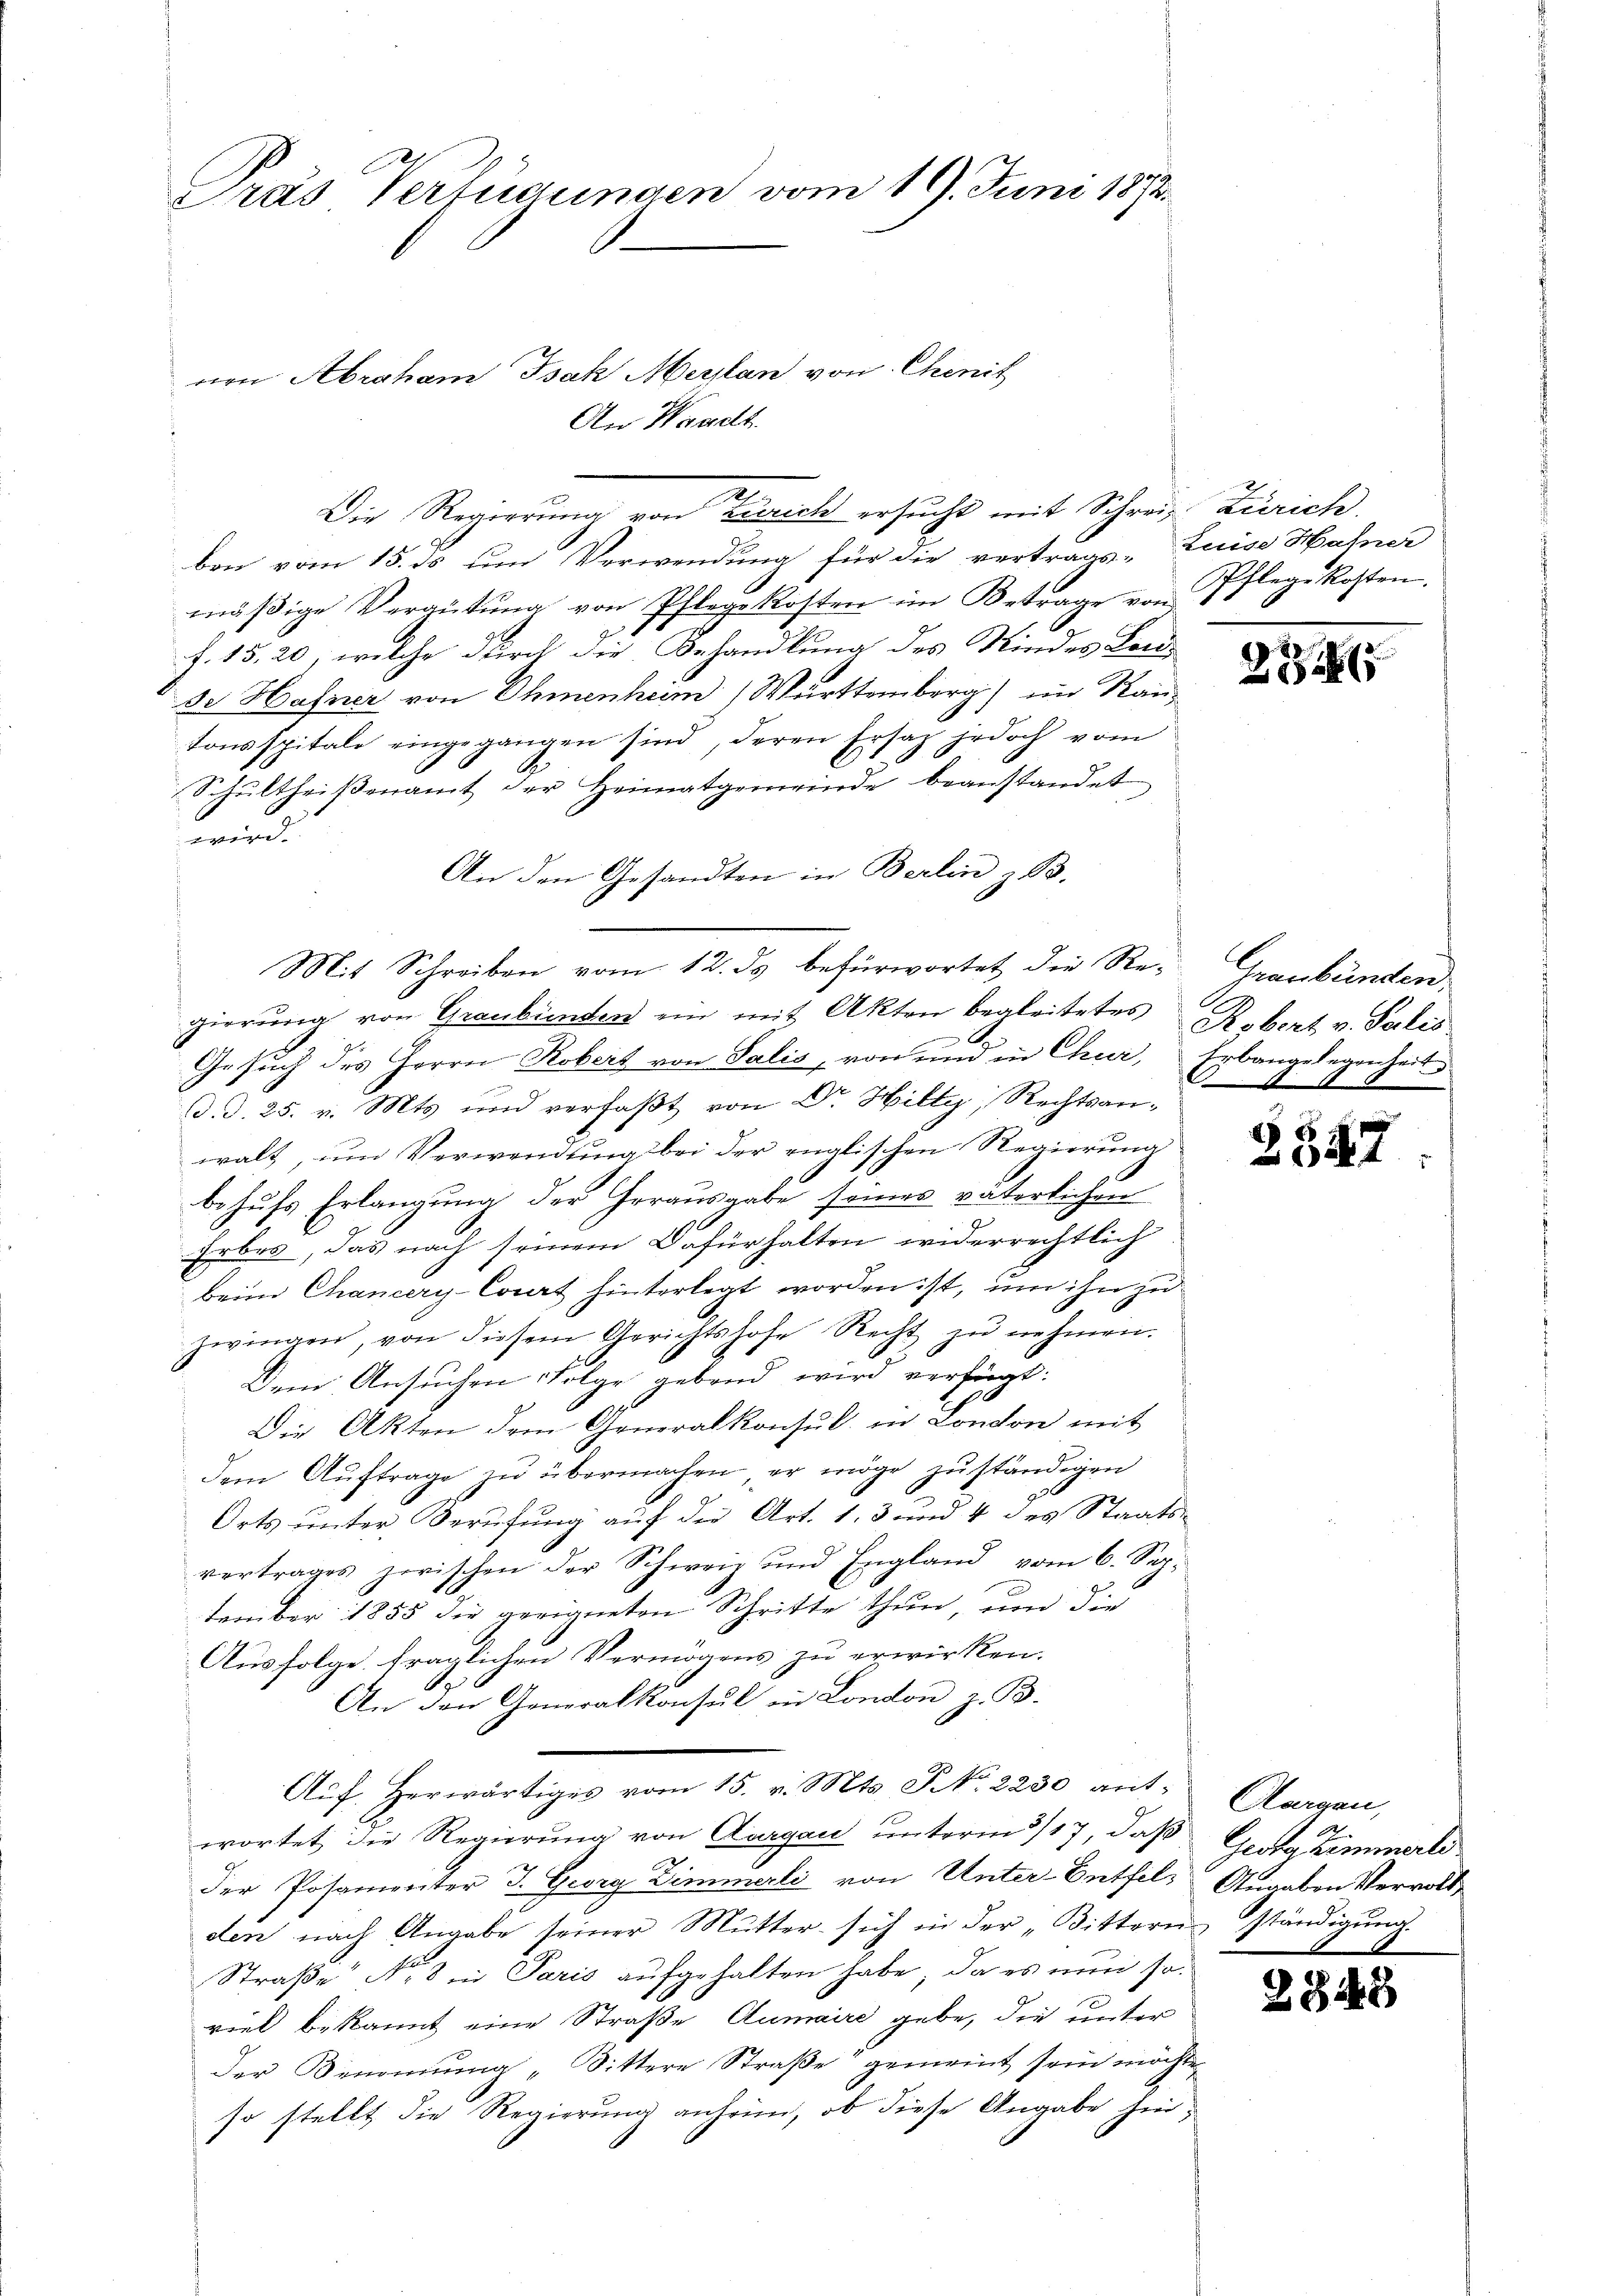
Pras Verfügungen vom 19. Juni 1872.
von Abraham Isak Maylan von Chenit
An Waadt.

ben vom 15. ds um Verwendung für die vertrags-Zuise Hahner
mäßige Vergütung von Pflege kosten im Betrage von Pflege kosten.
f. 15, 20, welche durch die Behandlung des Kindes Land-
de Hafner von Ohmenheim Württemberg im Kantonsspitale eingegangen sind, deren Ersatz jedoch vom
Schultheiβenamt der Heimatgemeinde beanstandet
wird.
An den Gesandten in Berlin z. B.
Gesuch des Herrn Robert von Salis, von und in Chur, Erbangelegenheit
d. d. 25. v. Mts. und verfaßt von Dr. Hilty, Rechtsanwalt, um Verwendung bei der englischen Regierung
behufs Erlangung der Herausgabe seines väterlichen
Erbes, das nach seinem Dafürhalten widerrechtlich
beim Chancery-Corrt hinterlegt worden ist, um ihn zu
zwingen, von diesem Gerichtshofe Recht zŭ nehmen.
Dem Ansuchen Folge gebend wird verfügt:
Die Akten dem Generalkonsul in London mit
dem Aŭftrage zŭ übermachen, er möge zŭständigen
Orts unter Berufung auf der Art. 1. 3 und 4 des Staats-
vertrages zwischen der Schweiz und England vom 6. Sep.
tember 1855 die geeigneten Schritte thun, um die
Ausfolge fraglichen Vermögens zu erwirken.
.
An den Generalkonsul in London z. B.
Auf herwärtiges vom 15. v. Mts. No. 2230 ant. Morgen,
wortet, die Regierung von Aargau unterm 5/17, daß Gesta Zimmerli
der Posamenter J. Georg Zimmerli von Unter-Entfil- Angaben Verwalt,
den nach Angabe seiner Mutter sich in der „Bittern ständigung
Straße No 8 in Paris aufgehalten habe, da es nun soviel bekannt eine Straße Aumaire gebe, die unter
der Benennung „Sittere Straße gemeint sein möchte
so stellt die Regierung anheim, ob diese Angabe hin¬

Die Regierung von Zürich ersucht mit Schrei Zürich
d

Mit Schreiben vom 12. ds befürwortet die Re- Graubünden
gierung von Graubünden ein mit Akten begleitetes Robert v. Salis

.

27

3347

28.

2